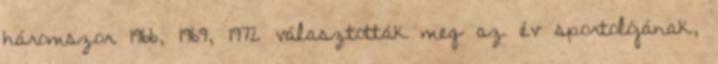
háromszor 1966, 1969, 1972 választották meg az év sportolójának,